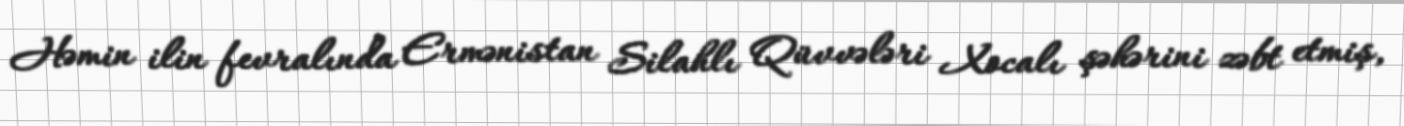
Həmin ilin fevralında Ermənistan Silahlı Qüvvələri Xocalı şəhərini zəbt etmiş,